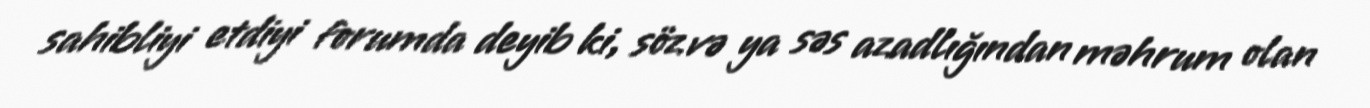
sahibliyi etdiyi forumda deyib ki, söz və ya səs azadlığından məhrum olan